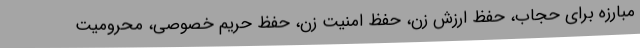
مبارزه برای حجاب، حفظ ارزش زن، حفظ امنیت زن، حفظ حریم خصوصی، محرومیت